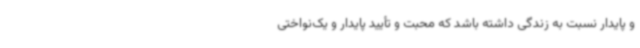
و پایدار نسبت به زندگی داشته باشد که محبت و تأیید پایدار و یک‌نواختی